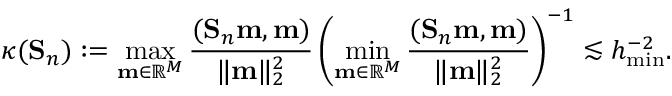
\kappa ( \mathbf { S } _ { n } ) : = \operatorname* { m a x } _ { \mathbf { m } \in \mathbb { R } ^ { M } } \frac { ( \mathbf { S } _ { n } \mathbf { m } , \mathbf { m } ) } { \| \mathbf { m } \| _ { 2 } ^ { 2 } } \left( \operatorname* { m i n } _ { \mathbf { m } \in \mathbb { R } ^ { M } } \frac { ( \mathbf { S } _ { n } \mathbf { m } , \mathbf { m } ) } { \| \mathbf { m } \| _ { 2 } ^ { 2 } } \right) ^ { - 1 } \lesssim h _ { \operatorname* { m i n } } ^ { - 2 } .